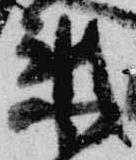
来